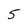
Character: 5